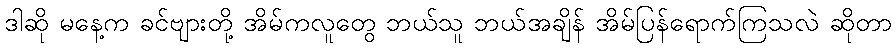
ဒါဆို မနေ့က ခင်ဗျားတို့ အိမ်ကလူတွေ ဘယ်သူ ဘယ်အချိန် အိမ်ပြန်ရောက်ကြသလဲ ဆိုတာ